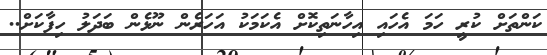
ކަންތަށް ކުރީ ހަމަ އެހައި އިހާނަތިކޮށް އެކަމަކު އަހަރެން ނޫޅެން ބަދަލު ހިފާކަށް..